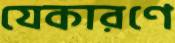
যেকারণে